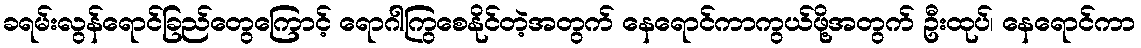
ခရမ်းလွန်ရောင်ခြည်တွေကြောင့် ရောဂါကြွစေနိုင်တဲ့အတွက် နေရောင်ကာကွယ်ဖို့အတွက် ဦးထုပ်၊ နေရောင်ကာ